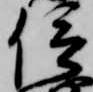
信